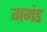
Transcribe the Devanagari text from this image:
गमंड